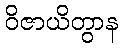
ဝိဇာယိတွာန